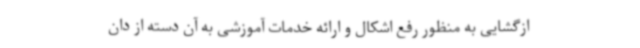
ازگشایی به منظور رفع اشکال و ارائه خدمات آموزشی به آن دسته از دان